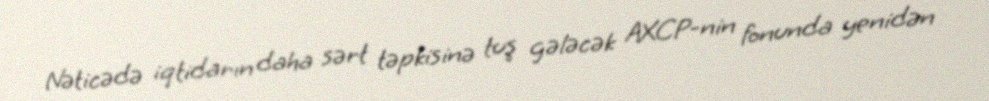
Nəticədə iqtidarın daha sərt təpkisinə tuş gələcək AXCP-nin fonunda yenidən